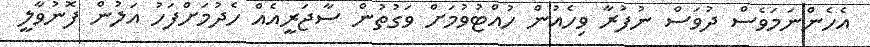
އެހެންނަމަވެސް ދުވަސް ނުފުރާ ވިހެއުން ހުއްޓުވުމަށް ވަގުތުން ސާޖަރީއެއް ހެދުމަށްފަހު އަލުން ފޮނުވާލީ